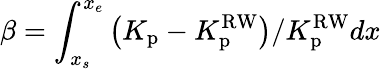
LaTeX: \beta=\int_{x_{s}}^{x_{e}}{\left(K_{\mathrm{p}}-K_{\mathrm{p}}^{\mathrm{RW}}\right)}/{K_{\mathrm{p}}^{\mathrm{RW}}}dx